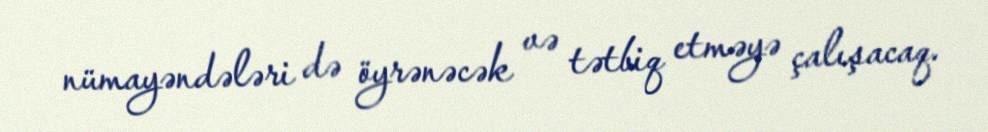
nümayəndələri də öyrənəcək və tətbiq etməyə çalışacaq.